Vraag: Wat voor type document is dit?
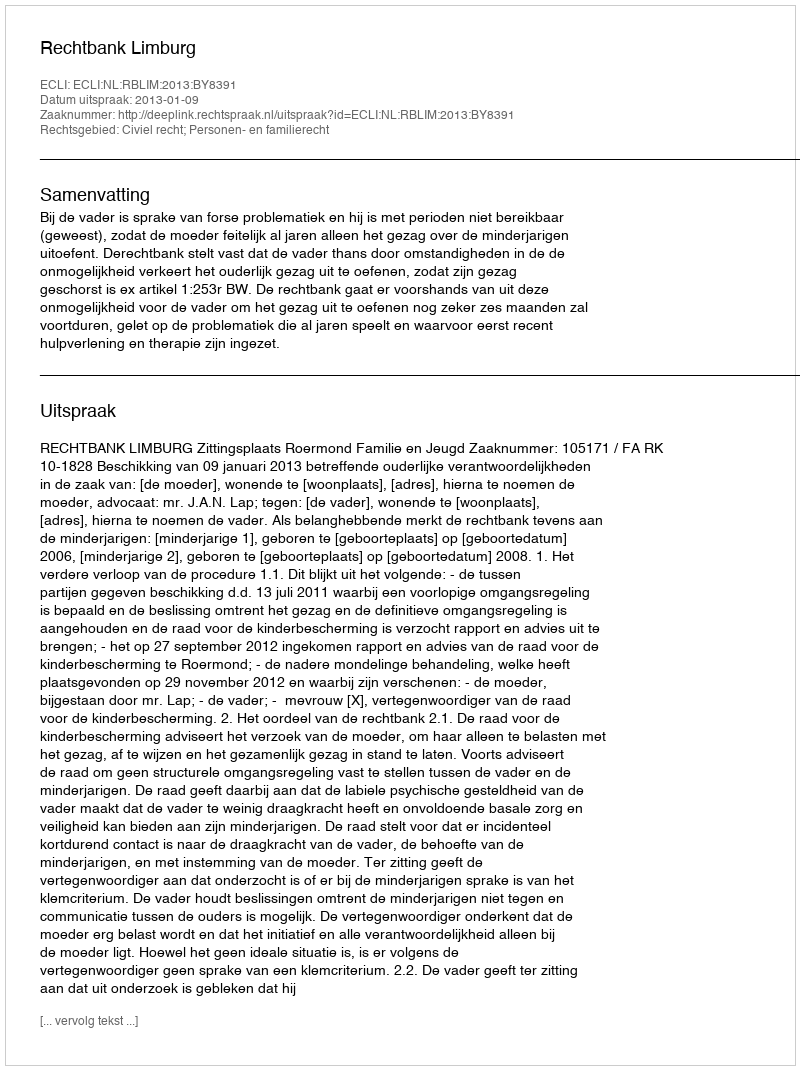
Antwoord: Uitspraak